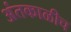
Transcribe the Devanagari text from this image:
अंतकाळीच